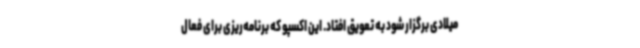
میلادی برگزار شود به تعویق افتاد. این اکسپو که برنامه‌ریزی برای فعال